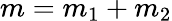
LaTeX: m=m_{1}+m_{2}